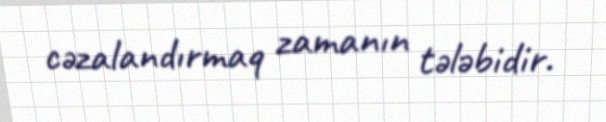
cəzalandırmaq zamanın tələbidir.